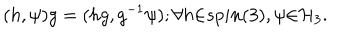
LaTeX: ( h , \psi ) g = ( h g , g ^ { - 1 } \psi ) ; { \forall } h { \in } s p i n ( 3 ) , \psi { \in } { \cal H } _ { 3 } .